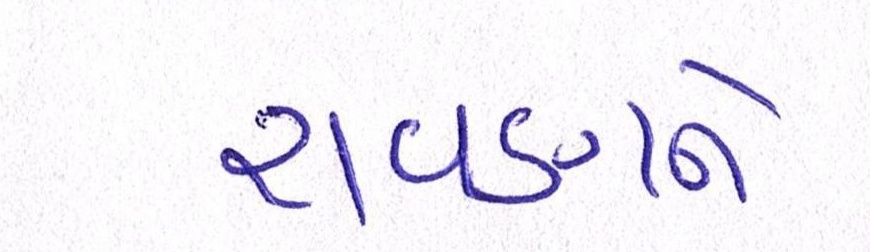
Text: રાવણને